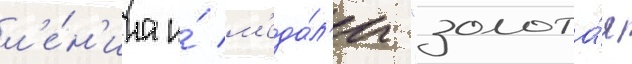
л'е́н'ина и́ м'еда́л'и "золота́я